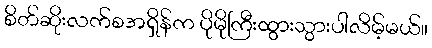
စိတ်ဆိုးလက်စအရှိန်က ပိုမိုကြီးထွားသွားပါလိမ့်မယ်။